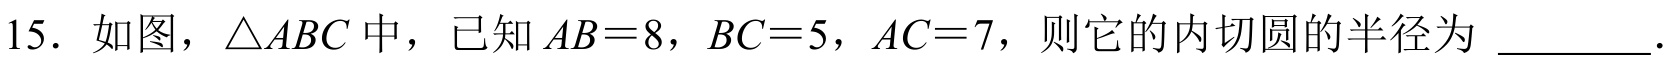
15. 如图，$\triangle ABC$中，已知$AB = 8$，$BC = 5$，$AC = 7$，则它的内切圆的半径为 \_\_\_\_\_ ．